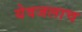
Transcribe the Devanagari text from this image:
येवजलाच